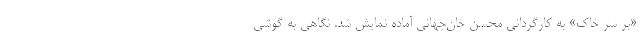
«بر سر خاک» به کارگردانی محسن خان‌جهانی آماده نمایش شد. نگاهی به گوشی